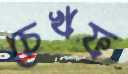
চেখফ